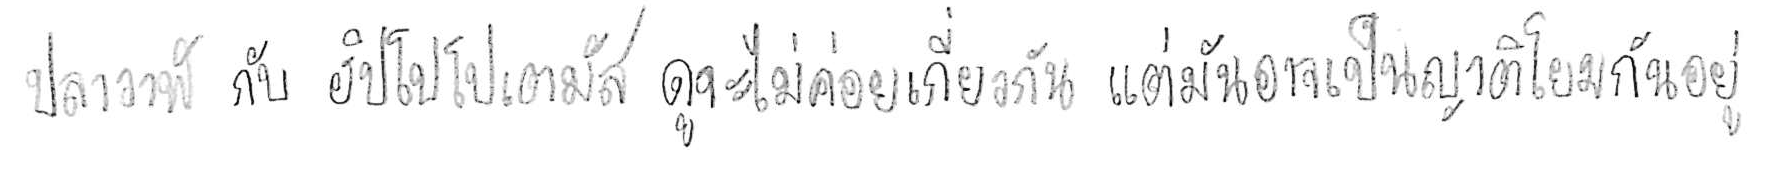
ปลาวาฬ กับ ฮิปโปโปเตมัส ดูจะไม่ค่อยเกี่ยวกัน แต่มันอาจเป็นญาติโยมกันอยู่